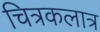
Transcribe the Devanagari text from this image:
चित्रकलात्र